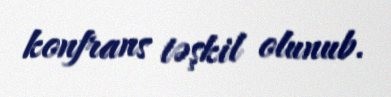
konfrans təşkil olunub.